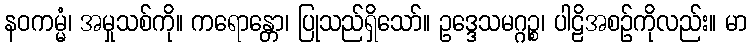
နဝကမ္မံ၊ အမှုသစ်ကို။ ကရောန္တော၊ ပြုသည်ရှိသော်။ ဥဒ္ဒေသမဂ္ဂဉ္စ၊ ပါဠိအစဉ်ကိုလည်း။ မာ